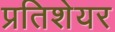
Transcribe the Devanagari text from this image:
प्रतिशेयर